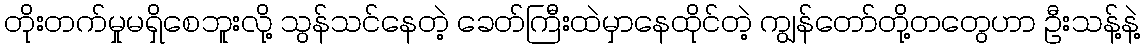
တိုးတက်မှုမရှိစေဘူးလို့ သွန်သင်နေတဲ့ ခေတ်ကြီးထဲမှာနေထိုင်တဲ့ ကျွန်တော်တို့တတွေဟာ ဦးသန့်နဲ့